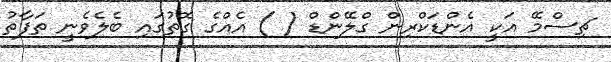
ޗިސްމޭ އަކީ އެންޑަކްރިން ގްލޭންޑް ( ) އެއްގެ ގޮތުގައި ބެލެވެނީ ތަފާތު